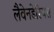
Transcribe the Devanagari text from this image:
लैवेनडेरियस